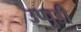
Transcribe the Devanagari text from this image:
उप्पुडी